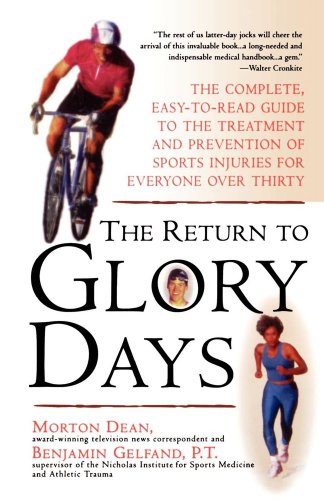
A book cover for The Return to Glory Days; Morton Dean; Health, Fitness & Dieting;